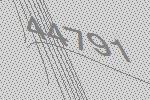
44791